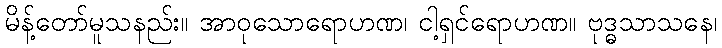
မိန့်တော်မူသနည်း။ အာဝုသောရောဟဏ၊ ငါ့ရှင်ရောဟဏ။ ဗုဒ္ဓသာသနေ၊